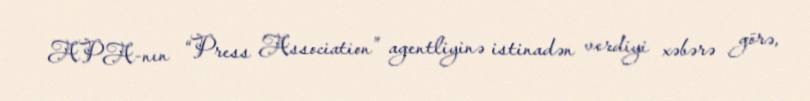
APA-nın “Press Association” agentliyinə istinadən verdiyi xəbərə görə,